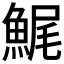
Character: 𩷳